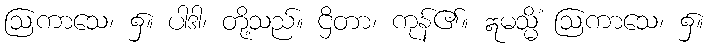
ဩကာသေ၊ ၌။ ပါဒါ၊ တို့သည်။ ဌိတာ၊ ကုန်၏။ ဣမသ္မိံ ဩကာသေ၊ ၌။